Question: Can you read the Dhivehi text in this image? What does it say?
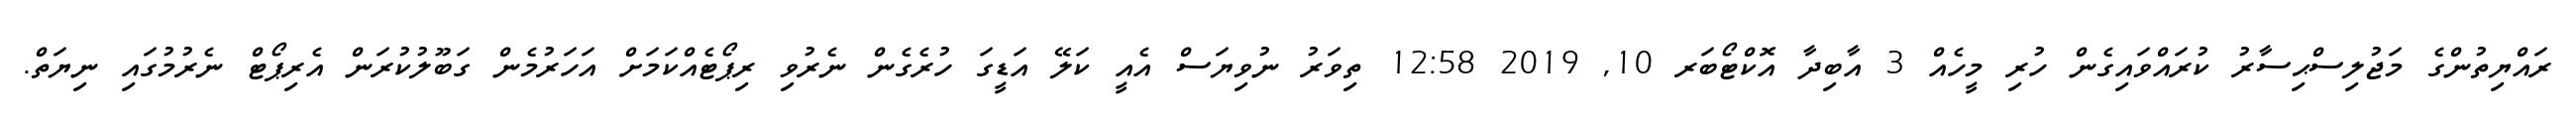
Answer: ރައްޔިތުންގެ މަޖުލިސްޙިސާރު ކުރައްވައިގެން ހުރި މީހެއް 3 އާބިދާ އޮކްޓޯބަރ 10, 2019 12:58 ތިވަރު ނުވިޔަސް އެއީ ކަލޭ އަޑީގަ ހުރެގެން ނެރުވި ރިޕޯޓެއްކަމަށް އަހަރުމެން ގަބޫލުކުރަން އެރިޕޯޓް ނެރުމުގައި ނިޔަތް.